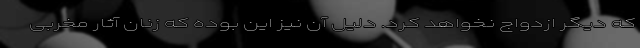
که دیگر ازدواج نخواهد کرد. دلیل آن نیز این بوده که زنان آثار مخربی